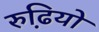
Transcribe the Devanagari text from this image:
रुढि़यो